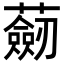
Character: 𧂆